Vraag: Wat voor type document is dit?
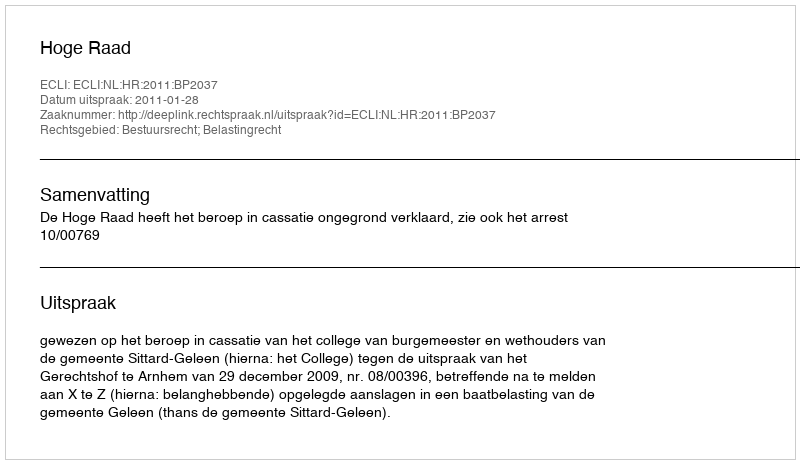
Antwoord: Uitspraak